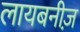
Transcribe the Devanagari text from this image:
लायबनीज़